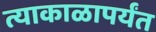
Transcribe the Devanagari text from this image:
त्याकाळापर्यंत